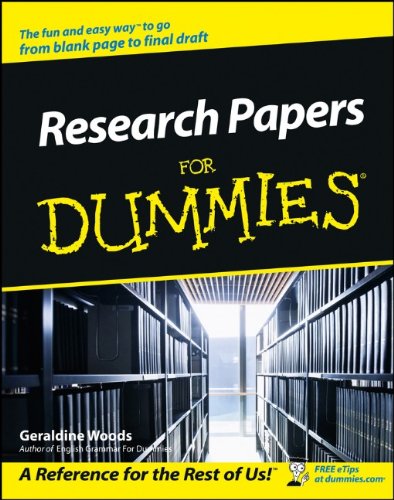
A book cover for Research Papers For Dummies; Geraldine Woods; Reference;